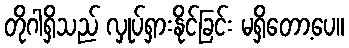
တိုဂါရှိသည် လှုပ်ရှားနိုင်ခြင်း မရှိတော့ပေ။